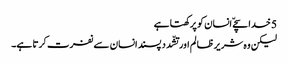
5 خدا سچےّ انسان کو پرکھتا ہے
لیکن وہ شریر ظا لم اور تشّدد پسند انسان سے نفرت کرتا ہے۔